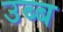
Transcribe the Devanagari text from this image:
उब्ब